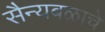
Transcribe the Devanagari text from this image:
सैन्यबळाचे